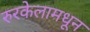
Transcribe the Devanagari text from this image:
रुरकेलामधून